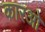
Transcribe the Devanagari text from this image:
कारओ